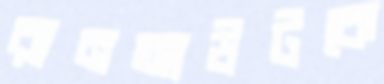
রানআউটকে